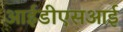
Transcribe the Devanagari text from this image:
आईडीएसआई